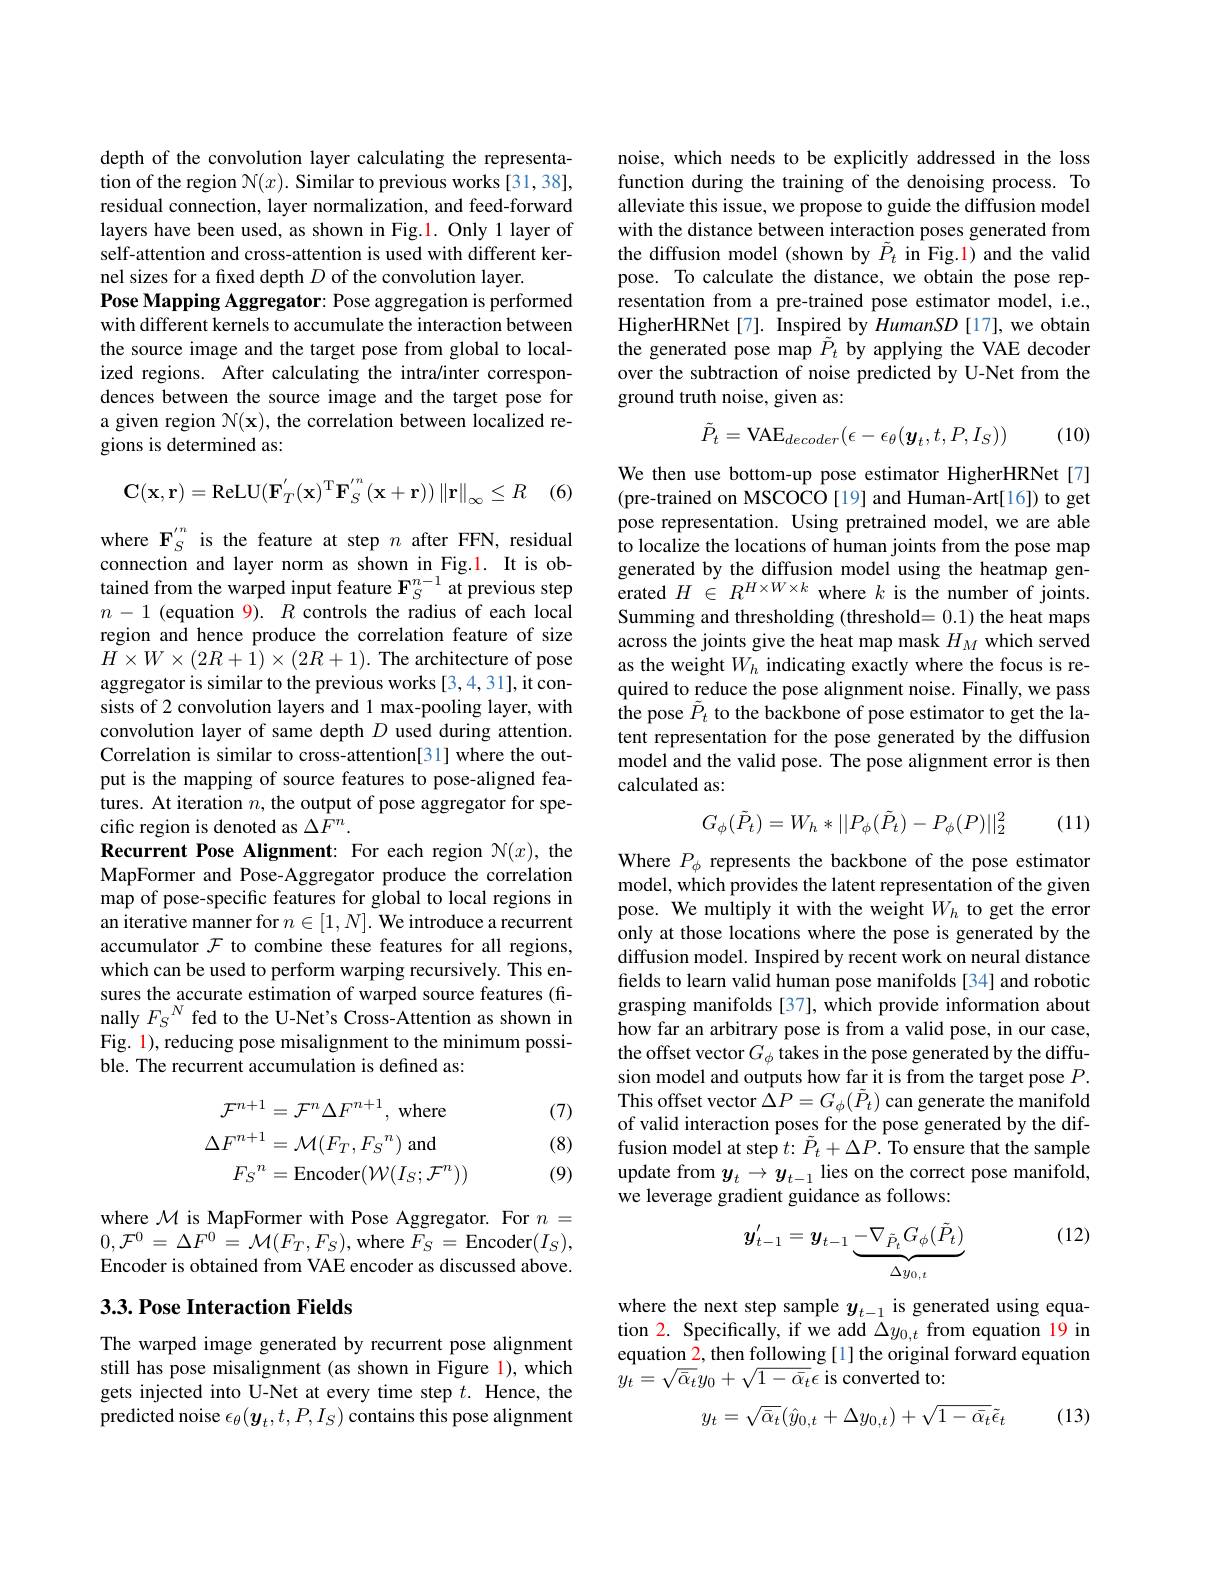
depth of the convolution layer calculating the representation of the region $\mathcal{N}(x).$ Similar to previous works [31,38], residual connection, layer normalization, and feed-forward layers have been used, as shown in Fig.1. Only 1 layer of self-attention and cross-attention is used with different kernel sizes for a fixed depth $D$ of the convolution layer.
Pose Mapping Aggregator: Pose aggregation is performed with different kernels to accumulate the interaction between the source image and the target pose from global to localized regions. After calculating the intra/inter correspondences between the source image and the target pose for a given region $\mathcal{N}(\mathbf{x})$, the correlation between localized regions is determined as:
$$\mathbf{C}(\mathbf{x},\mathbf{r})=\mathrm{ReLU}(\mathbf{F}_{T}^{'}(\mathbf{x})^{\mathrm{T}}\mathbf{F}_{S}^{'n}(\mathbf{x}+\mathbf{r}))\left\|\mathbf{r}\right\|_{\infty}\leq R$$
$\because(6)$

where $\mathbf{F}_S^{\prime n}$ is the feature at step $n$ after FFN, residual connection and layer norm as shown in Fig.1. It is obtained from the warped input feature $\mathbf{F}_S^{n-1}$ at previous step $n-1$ (equation 9). $R$ controls the radius of each local region and hence produce the correlation feature of size $H\times W\times(2R+1)\times(2R+1).$ The architecture of pose aggregator is similar to the previous works [3,4,31], it consists of 2 convolution layers and 1 max-pooling layer, with convolution layer of same depth $D$ used during attention. Correlation is similar to cross-attention[31] where the output is the mapping of source features to pose-aligned features. At iteration $n$, the output of pose aggregator for specific region is denoted as $\Delta F^n.$
Recurrent Pose Alignment: For each region $\mathcal{N}(x)$, the MapFormer and Pose-Aggregator produce the correlation map of pose-specific features for global to local regions in an iterative manner for $n\in [ 1, N] . \textbf{We introduce a recurrent}$ accumulator $\mathcal{F}$ to combine these features for all regions, which can be used to perform warping recursively. This ensures the accurate estimation of warped source features (finally $F_S^N$ fed to the U-Net's Cross-Attention as shown in Fig. 1), reducing pose misalignment to the minimum possible. The recurrent accumulation is defined as:

(7)
$$\begin{aligned}\mathcal{F}^{n+1}&=\mathcal{F}^{n}\Delta F^{n+1},\:\mathrm{where}\\\Delta F^{n+1}&=\mathcal{M}(F_{T},{F_{S}}^{n})\mathrm{~and}\\F_{S}^{n}&=\mathrm{Encoder}(\mathcal{W}(I_{S};\mathcal{F}^{n}))\end{aligned}$$
(8)

(9)

where $\mathcal{M}$ is MapFormer with Pose Aggregator. For $n=$ $0, \mathcal{F} ^{0}= \Delta F^{0}$ $\overset {1}{\operatorname* { = } }{\mathcal{M} }( F_{T}, F_{S}) $,where $F_{S}$ =Encoder$(I_{S})$, Encoder is obtained from VAE encoder as discussed above.

## 3.3. Pose Interaction Fields

The warped image generated by recurrent pose alignment still has pose misalignment (as shown in Figure 1), which gets injected into U-Net at every time step $t.$ Hence, the predicted noise $\epsilon_\theta(\boldsymbol y_t,t,P,I_S)$ contains this pose alignment

noise, which needs to be explicitly addressed in the loss function during the training of the denoising process. To alleviate this issue, we propose to guide the diffusion model with the distance between interaction poses generated from the diffusion model (shown by $\tilde{P}_{t}$ in Fig.1) and the valid pose. To calculate the distance, we obtain the pose representation from a pre-trained pose estimator model, i.e., HigherHRNet[7]. Inspired by HumanSD [17], we obtain the generated pose map $\tilde{P}_{t}$ by applying the VAE decoder over the subtraction of noise predicted by U-Net from the ground truth noise, given as:
$$\tilde{P}_t=\mathrm{VAE}_{decoder}(\epsilon-\epsilon_\theta(\boldsymbol{y}_t,t,P,I_S))$$
(10)

We then use bottom-up pose estimator HigherHRNet[7] (pre-trained on MSCOCO[19] and Human-Art[16]) to get pose representation. Using pretrained model, we are able to localize the locations of human joints from the pose map generated by the diffusion model using the heatmap generated $H$ $\in$ $R^{H\times W\times k}$ where $k$ is the number of joints. Summing and thresholding (threshold= 0.1) the heat maps across the joints give the heat map mask $H_M$ which served as the weight $W_h$ indicating exactly where the focus is required to reduce the pose alignment noise. Finally, we pass $\hat{\text{the pose }\tilde{P}}_{t}$ to the backbone of pose estimator to get the latent representation for the pose generated by the diffusion model and the valid pose. The pose alignment error is then calculated as:
$$G_\phi(\tilde{P}_t)=W_h*||P_\phi(\tilde{P}_t)-P_\phi(P)||_2^2$$
(11)

Where $P_\phi$ represents the backbone of the pose estimator model, which provides the latent representation of the given pose. We multiply it with the weight $W_h$ to get the error only at those locations where the pose is generated by the diffusion model. Inspired by recent work on neural distance fields to learn valid human pose manifolds [34] and robotic grasping manifolds [37], which provide information about how far an arbitrary pose is from a valid pose, in our case, the offset vector $G_\phi$ takes in the pose generated by the diffusion model and outputs how far it is from the target pose $P.$ This offset vector $\hat{\Delta P}=G_{\phi}(\tilde{P}_{t})$ can generate the manifold of valid interaction poses for the pose generated by the diffusion model at step $t{:}\tilde{P}_{t}+\Delta P.$ To ensure that the sample update from $y_t\to y_{t-1}$ lies on the correct pose manifold, we leverage gradient guidance as follows:

(12)
$$\boldsymbol{y}_{t-1}'=\boldsymbol{y}_{t-1}\underbrace{{-\nabla_{{\tilde{P}_{t}}}G_{\phi}(\tilde{P}_{t})}}_{{\Delta y_{0,t}}}$$
where the next step sample $y_t-1$ is generated using equation 2. Specifically, if we add $\Delta y_{0,t}$ from equation 19 in equation 2, then following [1] the original forward equation $y_{t}=\sqrt{\bar{\alpha}_{t}}y_{0}+\sqrt{1-\bar{\alpha}_{t}}\epsilon$ is converted to:

(13)
$$y_{t}=\sqrt{\bar{\alpha}_{t}}(\hat{y}_{0,t}+\Delta y_{0,t})+\sqrt{1-\bar{\alpha}_{t}}\tilde{\epsilon}_{t}$$